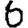
Digit: 6